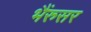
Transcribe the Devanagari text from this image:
भैंरुसर